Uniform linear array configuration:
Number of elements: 12
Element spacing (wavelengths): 0.25
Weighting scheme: hamming
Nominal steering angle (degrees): -60
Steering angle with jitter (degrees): -58.751
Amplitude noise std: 0.05
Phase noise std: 0.05

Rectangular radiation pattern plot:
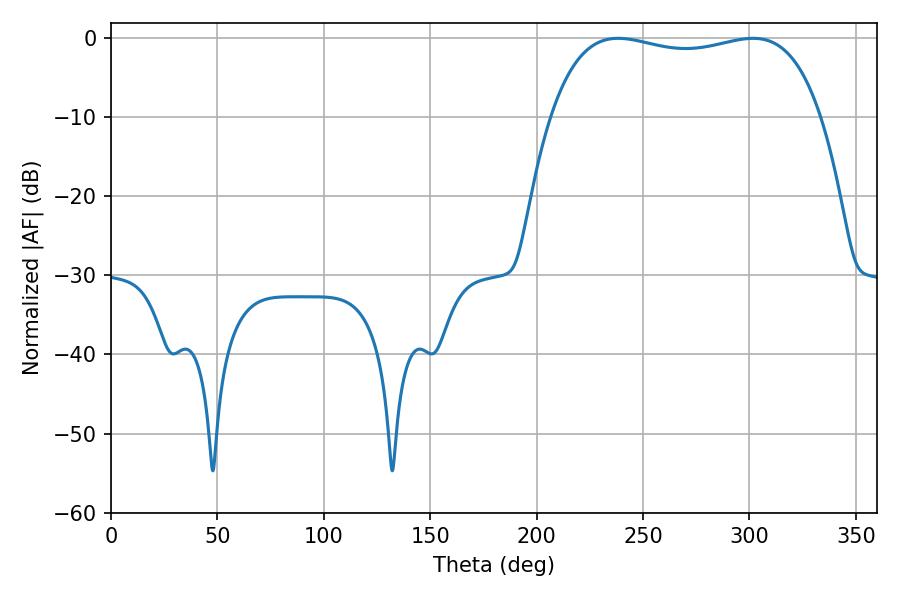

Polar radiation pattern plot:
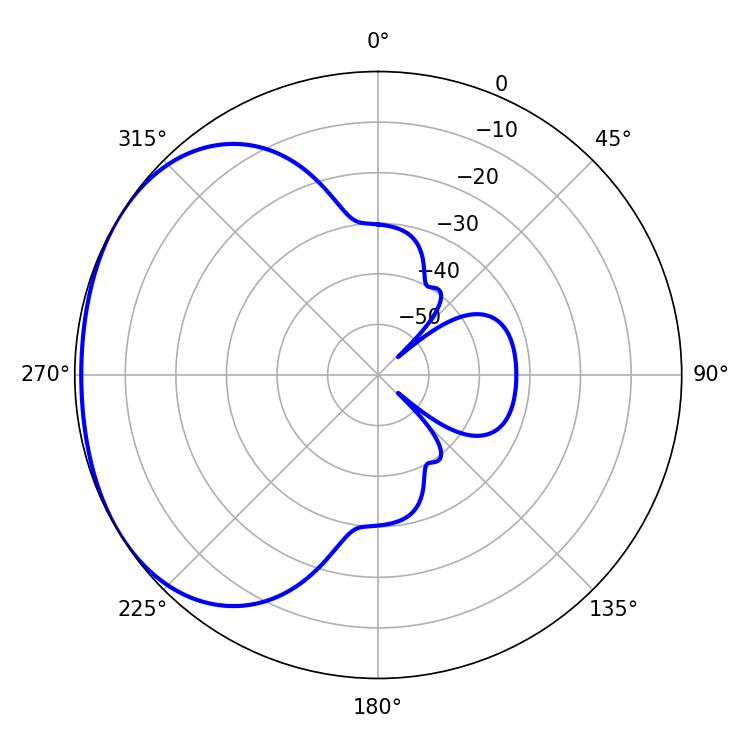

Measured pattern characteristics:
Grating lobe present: FALSE
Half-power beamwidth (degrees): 102.6
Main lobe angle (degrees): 238.32